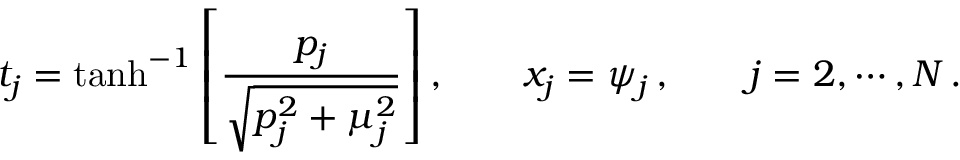
t _ { j } = \operatorname { t a n h } ^ { - 1 } \left[ \frac { p _ { j } } { \sqrt { p _ { j } ^ { 2 } + \mu _ { j } ^ { 2 } } } \right] , \qquad x _ { j } = \psi _ { j } \, , \qquad j = 2 , \cdots , N \, .